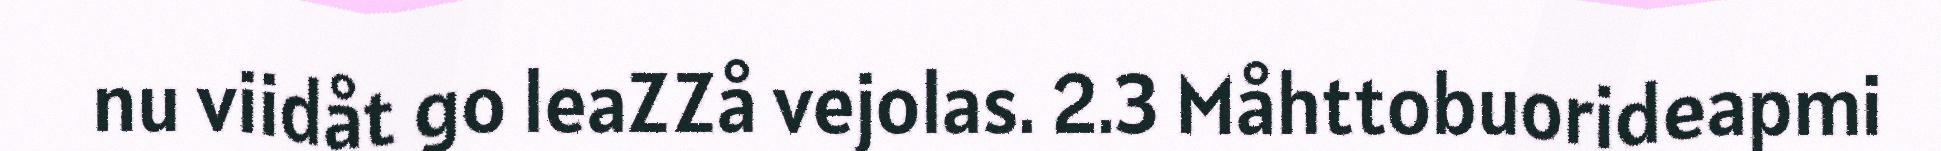
nu viidåt go leaZZå vejolas. 2.3 Måhttobuorideapmi